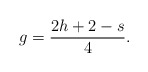
\begin{align*}g=\frac{2h+2-s}{4}.\end{align*}